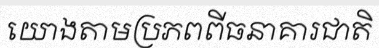
យោងតាមប្រភពពីធនាគារជាតិ